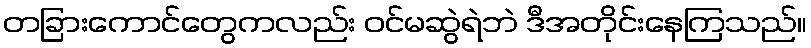
တခြားကောင်တွေကလည်း ဝင်မဆွဲရဲဘဲ ဒီအတိုင်းနေကြသည်။